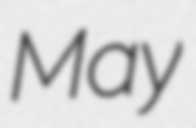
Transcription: May